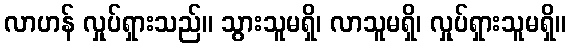
လာဟန် လှုပ်ရှားသည်။ သွားသူမရှိ၊ လာသူမရှိ၊ လှုပ်ရှားသူမရှိ။